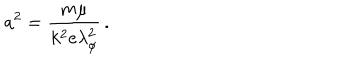
a ^ { 2 } = \frac { m \mu } { k ^ { 2 } e \lambda _ { \phi } ^ { 2 } } \, .